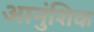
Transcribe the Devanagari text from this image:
आनुंशिक